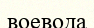
воевода